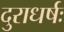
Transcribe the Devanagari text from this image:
दुराधर्षः